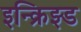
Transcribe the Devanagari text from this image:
इन्क्रिझ्ड